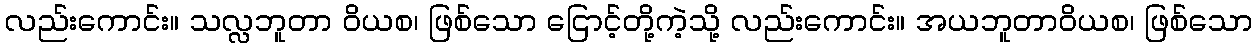
လည်းကောင်း။ သလ္လဘူတာ ဝိယစ၊ ဖြစ်သော ငြောင့်တို့ကဲ့သို့ လည်းကောင်း။ အယဘူတာဝိယစ၊ ဖြစ်သော